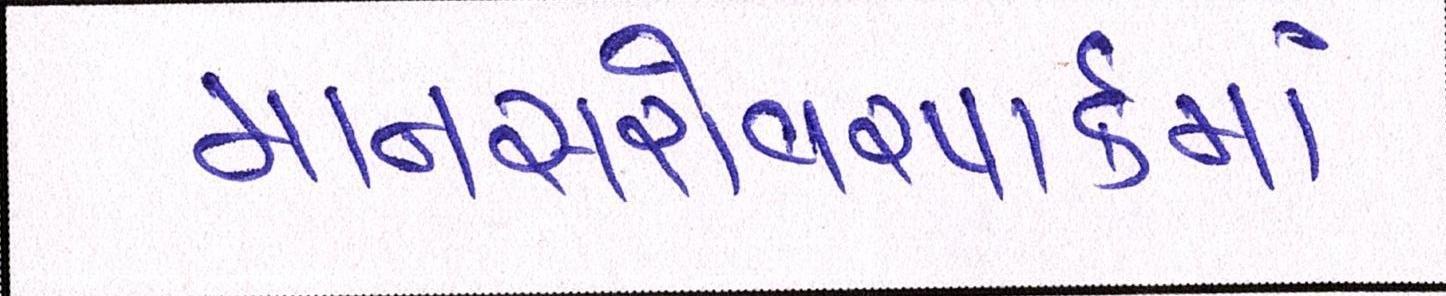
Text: માનસરોવરપાર્કમાં